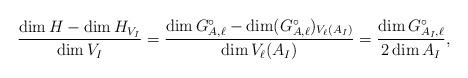
LaTeX: \begin{align*} \frac{\dim H - \dim H_{V_I}}{\dim V_I} = \frac{\dim G_{A,\ell}^\circ - \dim (G_{A,\ell}^\circ )_{V_\ell(A_I)}}{\dim V_\ell(A_I)} = \frac{\dim G_{A_I,\ell}^\circ }{2\dim A_I}, \end{align*}